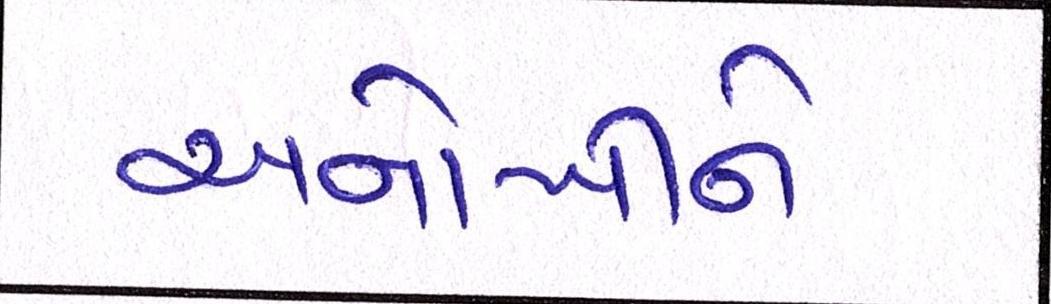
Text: અનોખીને